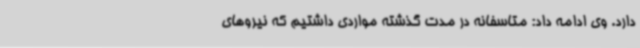
دارد. وی ادامه داد: متاسفانه در مدت گذشته مواردی داشتیم که نیروهای